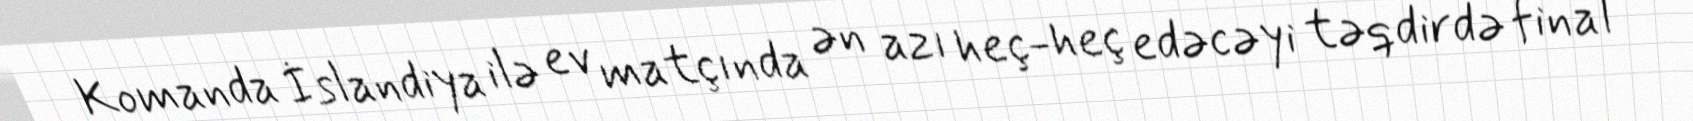
Komanda İslandiya ilə ev matçında ən azı heç-heç edəcəyi təqdirdə final